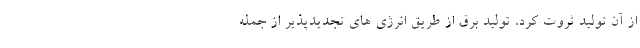
از آن تولید ثروت کرد، تولید برق از طریق انرژی های تجدیدپذیر از جمله